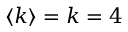
\langle k \rangle = k = 4